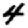
Digit: 4